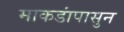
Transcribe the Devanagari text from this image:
माकडांपासुन